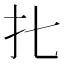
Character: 𰒷